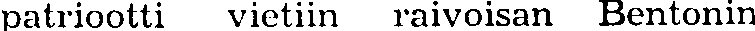
patriootti vietiin raivoisan Bentonin